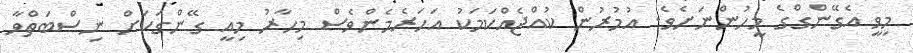
މިވީ އެގޭންގްގެ މީހުންނަށެވެ. އުމުރުން ކުއްޖެއްކަމަކު އަހަރެމެންވެސް މިހާރު މިއީ ގޭންގަކަށް ނިސްބަތްވާ